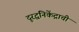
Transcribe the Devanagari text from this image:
दूरद्वनिकेंद्राची